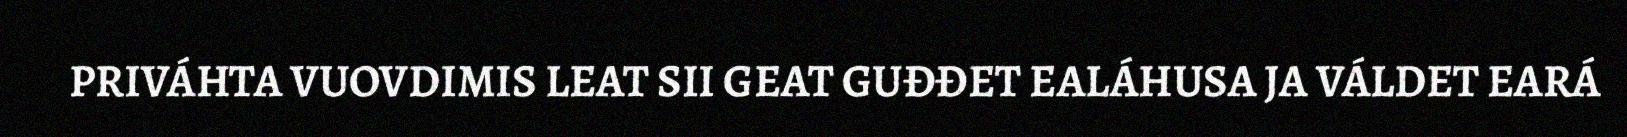
PRIVÁHTA VUOVDIMIS LEAT SII GEAT GUĐĐET EALÁHUSA JA VÁLDET EARÁ